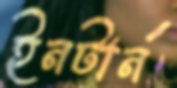
ইনটার্ন